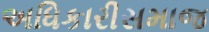
અધિકારીસમાજ